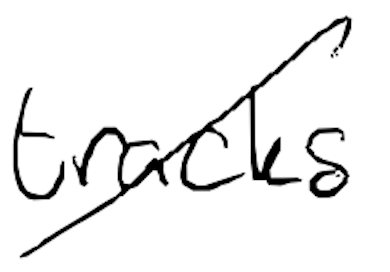
Text: tracks
Cross-out: diagonal
Writing tool: digital_black